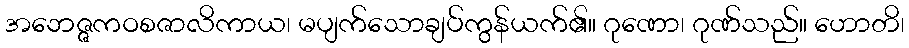
အဘေဇ္ဇကဝစဇာလိကာယ၊ မပျက်သောချပ်ကွန်ယက်၏။ ဂုဏော၊ ဂုဏ်သည်။ ဟောတိ၊